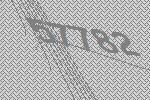
57782